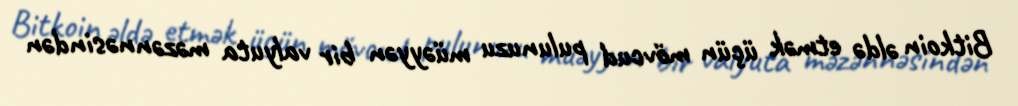
Bitkoin əldə etmək üçün mövcud pulunuzu müəyyən bir valyuta məzənnəsindən